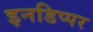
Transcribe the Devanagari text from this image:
इनडिप्पर